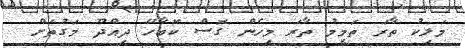
މަލިކު ތާރަ ތަމީމު ތާރަ މިހެން ގޮސް ކޮބާހޭ ދިއްދޫ މަގުތަށް